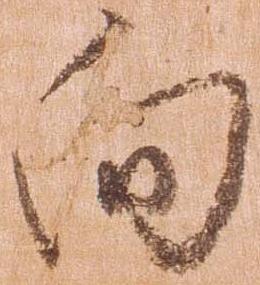
向